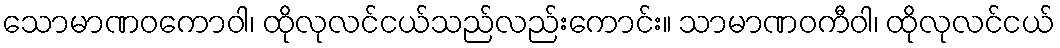
သောမာဏဝကောဝါ၊ ထိုလုလင်ငယ်သည်လည်းကောင်း။ သာမာဏဝကီဝါ၊ ထိုလုလင်ငယ်